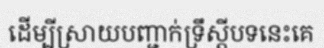
ដើម្បីស្រាយបញ្ជាក់ទ្រឹស្តីបទនេះគេ